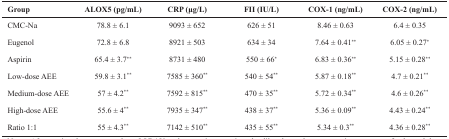
| Group | ALOX5 (pg/mL) | CRP (μg/L) | FII (IU/L) | COX-1 (ng/mL) | COX-2 (ng/mL) |
 | --- | --- | --- | --- | --- | --- |
 | CMC-Na | 78.8 ± 6.1 | 9093 ± 652 | 626 ± 51 | 8.46 ± 0.63 | 6.4 ± 0.35 |
 | Eugenol | 72.8 ± 6.8 | 8921 ± 503 | 634 ± 34 | 7.64 ± 0.41** | 6.05 ± 0.27* |
 | Aspirin | 65.4 ± 3.7** | 8731 ± 480 | 550 ± 66* | 6.83 ± 0.36** | 5.15 ± 0.28** |
 | Low-dose AEE | 59.8 ± 3.1** | 7585 ± 360** | 540 ± 54** | 5.87 ± 0.18** | 4.7 ± 0.21** |
 | Medium-dose AEE | 57 ± 4.2** | 7592 ± 815** | 470 ± 35** | 5.72 ± 0.34** | 4.6 ± 0.26** |
 | High-dose AEE | 55.6 ± 4** | 7935 ± 347** | 438 ± 37** | 5.36 ± 0.09** | 4.43 ± 0.24** |
 | Ratio 1:1 | 55 ± 4.3** | 7142 ± 510** | 435 ± 55** | 5.34 ± 0.3** | 4.36 ± 0.28** |